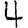
Digit: 4